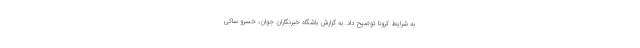
به شرایط کرونا توضیح داد. به گزارش باشگاه خبرنگاران جوان، خسرو ساکی